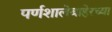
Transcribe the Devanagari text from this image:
पर्णशालेबाहेरच्या